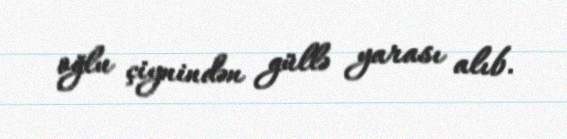
oğlu çiynindən güllə yarası alıb.